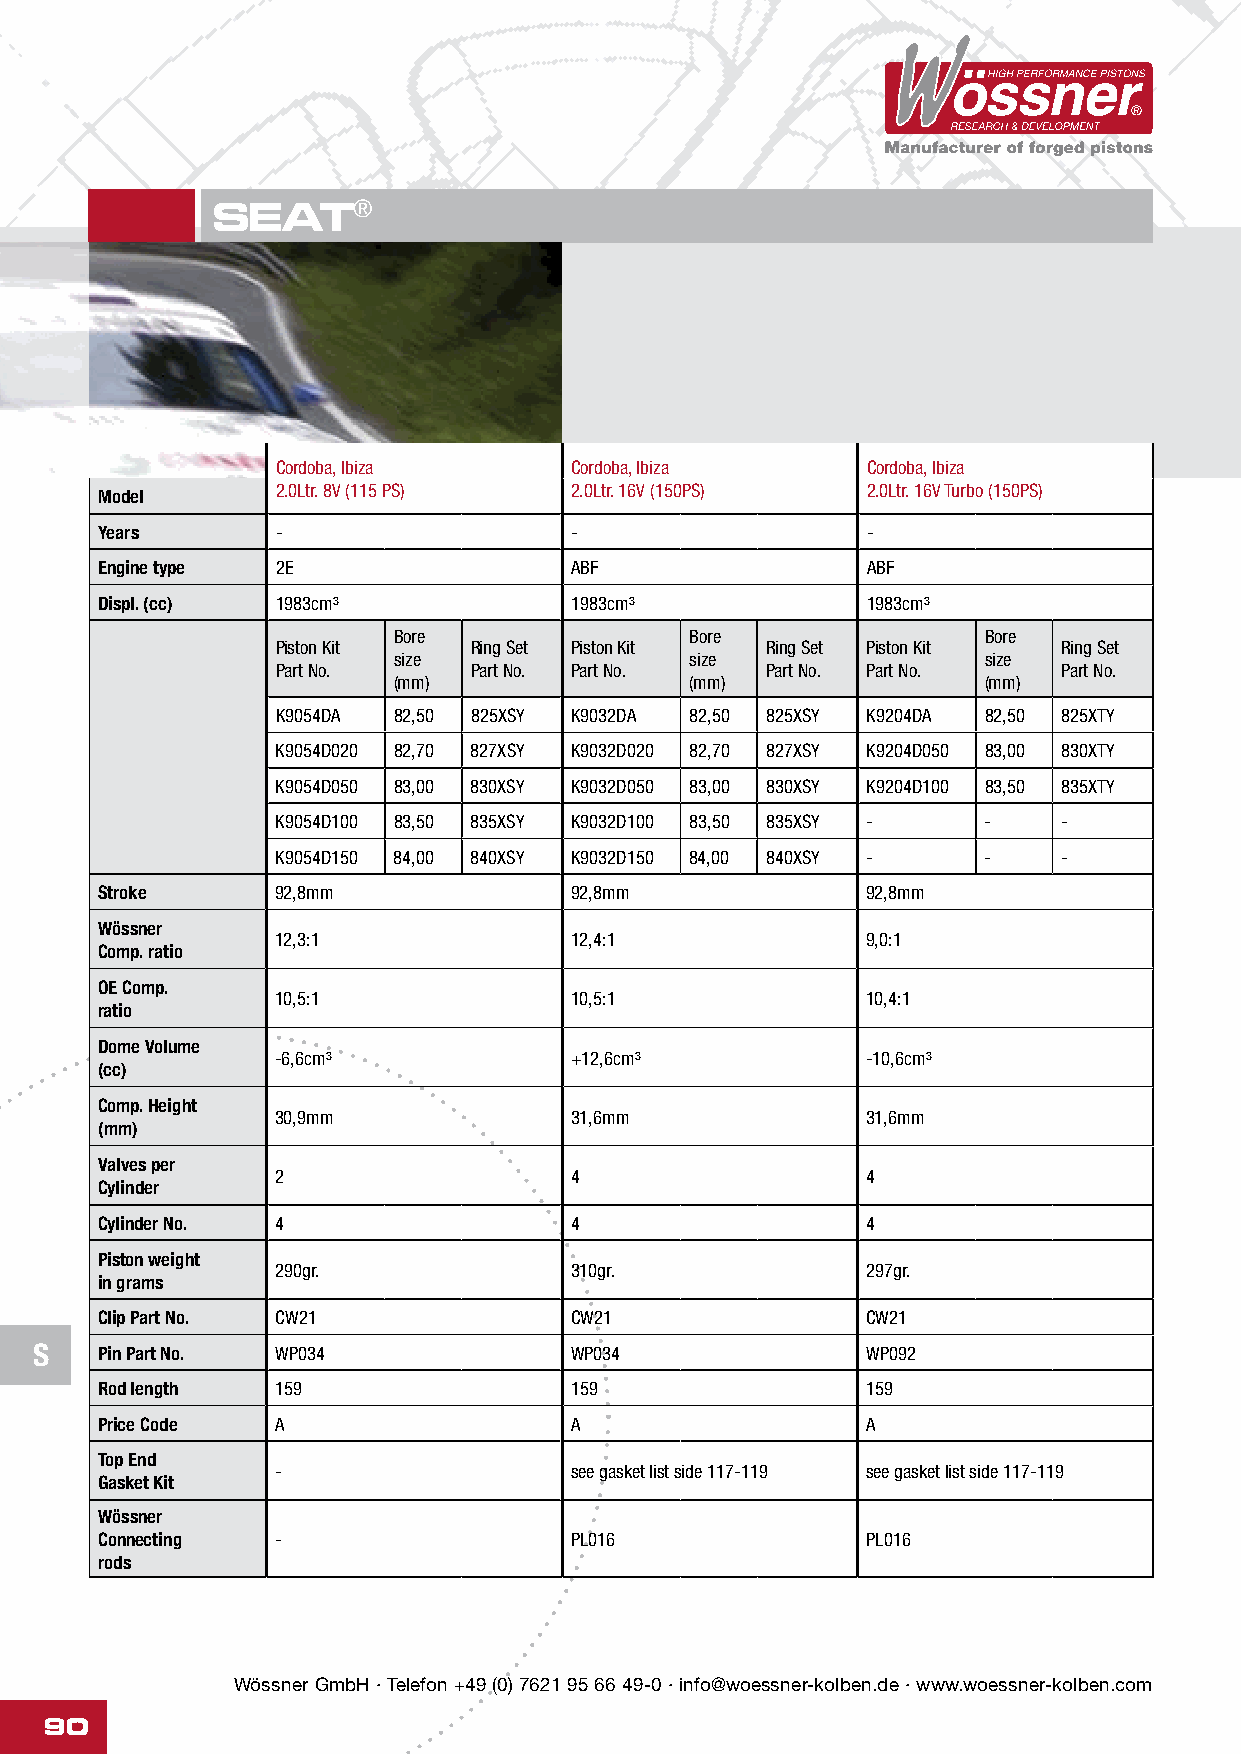
SEAT®
 Cordoba, Ibiza      Cordoba, Ibiza     Cordoba, Ibiza
 2.0Ltr. 8V (115 PS) 2.0Ltr. 16V (150PS) 2.0Ltr. 16V Turbo (150PS)
 Model
 Years      -                   -                  -
 Engine type 2E                 ABF                ABF
 Displ. (cc) 1983cm³            1983cm³            1983cm³
 Bore                Bore               Bore
 Piston Kit   Ring Set Piston Kit Ring Set Piston Kit Ring Set
 size                size               size
 Part No.     Part No. Part No.   Part No. Part No.  Part No.
 (mm)                (mm)               (mm)
 K9054DA 82,50 825XSY K9032DA 82,50 825XSY K9204DA 82,50 825XTY
 K9054D020 82,70 827XSY K9032D020 82,70 827XSY K9204D050 83,00 830XTY
 K9054D050 83,00 830XSY K9032D050 83,00 830XSY K9204D100 83,50 835XTY
 K9054D100 83,50 835XSY K9032D100 83,50 835XSY - -   -
 K9054D150 84,00 840XSY K9032D150 84,00 840XSY - -   -
 Stroke      92,8mm              92,8mm             92,8mm
 Wössner
 12,3:1              12,4:1             9,0:1
 Comp. ratio
 OE Comp.
 10,5:1              10,5:1             10,4:1
 ratio
 Dome Volume
 -6,6cm³             +12,6cm³           -10,6cm³
 (cc)
 Comp. Height
 30,9mm              31,6mm             31,6mm
 (mm)
 Valves per
 2                   4                  4
 Cylinder
 Cylinder No. 4                  4                  4
 Piston weight
 290gr.              310gr.             297gr.
 in grams
 Clip Part No. CW21              CW21               CW21
 S   Pin Part No. WP034              WP034              WP092
 Rod length  159                 159                159
 Price Code  A                   A                  A
 Top End
 -                   see gasket list side 117-119 see gasket list side 117-119
 Gasket Kit
 Wössner
 Connecting  -                   PL016              PL016
 rods
 Wössner GmbH · Telefon +49 (0) 7621 95 66 49-0 · info@woessner-kolben.de · www.woessner-kolben.com
 90